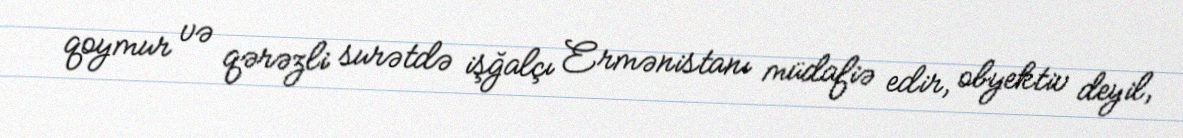
qoymur və qərəzli surətdə işğalçı Ermənistanı müdafiə edir, obyektiv deyil,